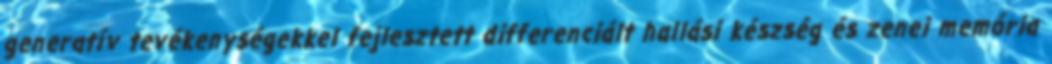
generatív tevékenységekkel fejlesztett differenciált hallási készség és zenei memória